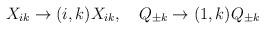
LaTeX: \begin{align*}X_{ik}\to (i,k)X_{ik}, \quad Q_{\pm k}\to (1,k)Q_{\pm k}\end{align*}